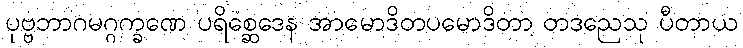
ပုဗ္ဗဘာဂမဂ္ဂက္ခဏေ ပရိစ္ဆေဒေန အာမောဒိတပမောဒိတာ တဒညေသု ပီတာယ